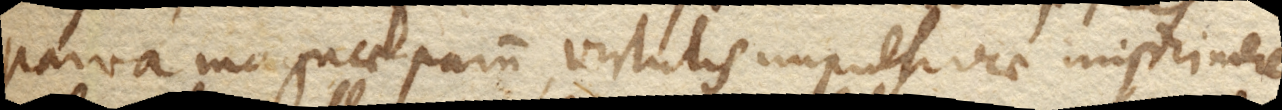
parva magnae parum virtutis impulsivae imprimere